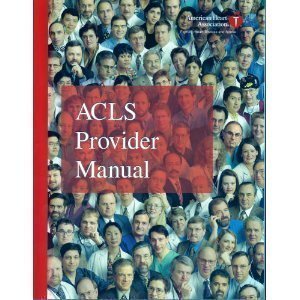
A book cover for ACLS Provider Manual; American Heart Association; Health, Fitness & Dieting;